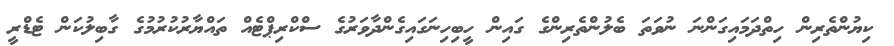
ކިޔުންތެރިން ހިތްދަމައިގަންނަ ނުވަތަ ބެލުންތެރިންގެ ގައިން ހީބިހިނަގައިގެންދާވަރުގެ ސްކްރިޕްޓެއް ތައްޔާރުކުރުމުގެ ގާބިލުކަން ޓެޑްރީ